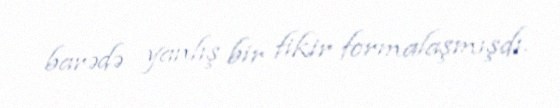
barədə yanlış bir fikir formalaşmışdı.